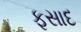
ફસાદ